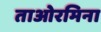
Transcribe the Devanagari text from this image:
ताओरमिना